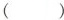
( )